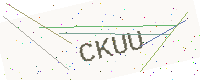
Text: CKUU